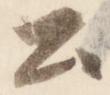
公